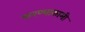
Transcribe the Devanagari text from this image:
करण्याकामी